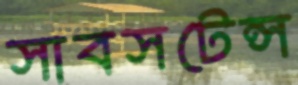
সাবসটেন্স